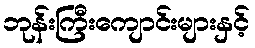
ဘုန်းကြီးကျောင်းများနှင့်